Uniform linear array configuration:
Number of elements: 64
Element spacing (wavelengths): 1
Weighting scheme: hann
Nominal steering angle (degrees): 30
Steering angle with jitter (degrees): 31.839
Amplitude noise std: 0.05
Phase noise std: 0.05

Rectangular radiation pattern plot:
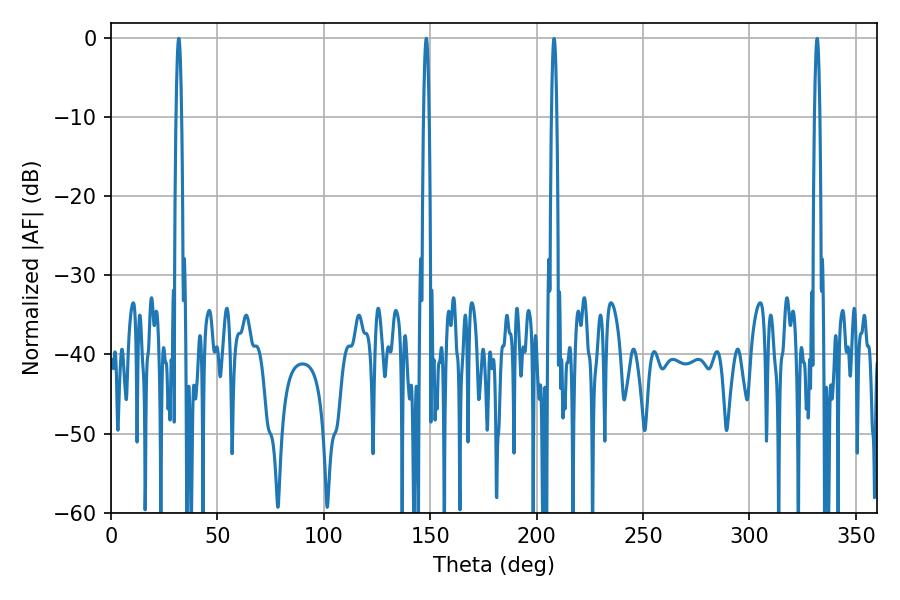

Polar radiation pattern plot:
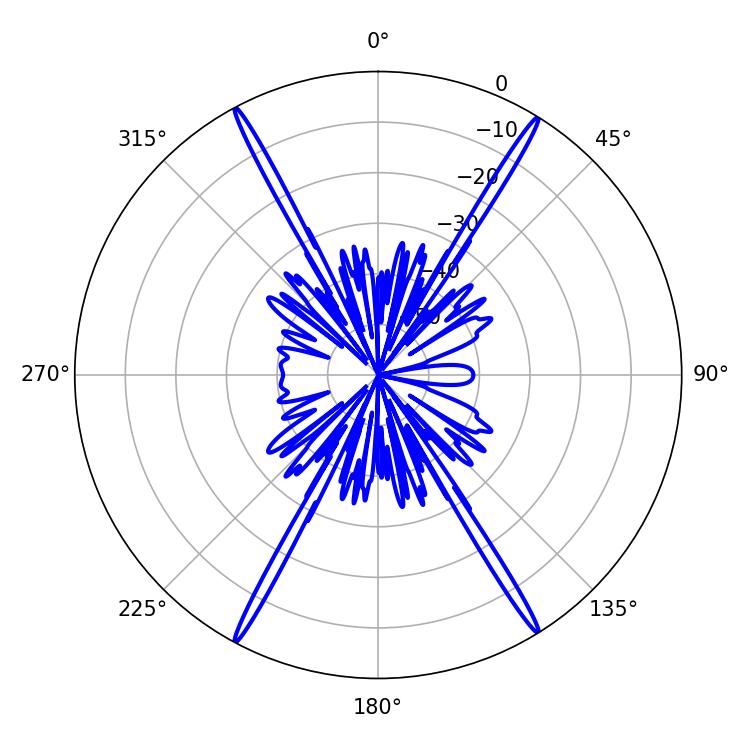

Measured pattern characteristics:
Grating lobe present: TRUE
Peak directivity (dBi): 26.971
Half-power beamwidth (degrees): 1.44
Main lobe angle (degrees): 31.86